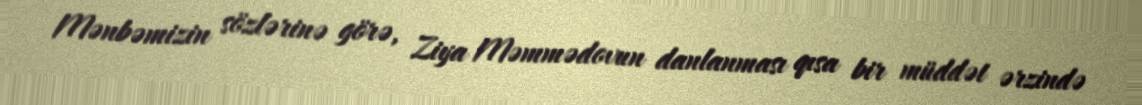
Mənbəmizin sözlərinə görə, Ziya Məmmədovun danlanması qısa bir müddət ərzində